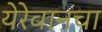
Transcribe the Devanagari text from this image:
येरेवानचा